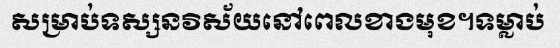
សម្រាប់ទស្សនវិស័យនៅពេលខាងមុខ។ទម្លាប់